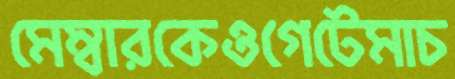
মেম্বারকেওগেটেমাচ